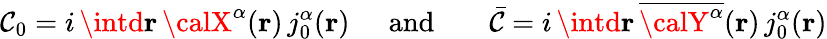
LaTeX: {\cal\mathcal{C}}_{0}=i\, \intd{\mathbf{{r}}}\, {\textstyle{\calX}^{\alpha}}({\mathbf{r}})\, j_{0}^{\alpha}({\mathbf{r}})\; \; \; \; \; \mathrm{{and}}\; \; \; \; \; \; \; {\bar{{\cal\mathcal{C}}}}=i\, \intd{\mathbf{{r}}}\, \overline{{{{{\calY}^{\alpha}}}}}({\mathbf{r}})\, j_{0}^{\alpha}({\mathbf{r}})